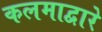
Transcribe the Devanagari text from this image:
कलमाद्वारे